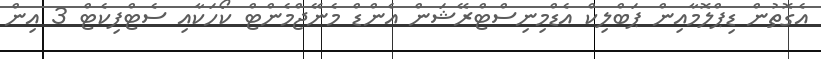
އެގޮތުން ޑިޕްލޮމާއިން ޕަބްލިކް އެޑްމިނިސްޓްރޭޝަން އެންޑް މެނޭޖްމެންޓް ކޯހަކާއި ސެޓްފިކެޓް 3 އިން